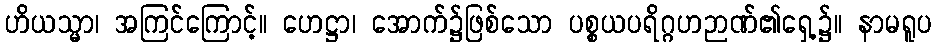
ဟိယသ္မာ၊ အကြင်ကြောင့်။ ဟေဋ္ဌာ၊ အောက်၌ဖြစ်သော ပစ္စယပရိဂ္ဂဟဉာဏ်၏ရှေ့၌။ နာမရူပ